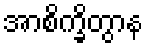
အာစိက္ခိတွာန